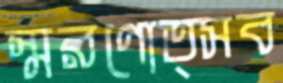
স্মরণোত্সব